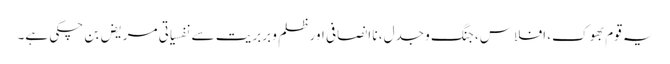
یہ قوم بھوک، افلاس، جنگ و جدل، نا انصافی اور ظلم و بربریت سے نفسیاتی مریض بن چکی ہے۔